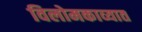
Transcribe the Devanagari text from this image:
विलोमकाव्यात